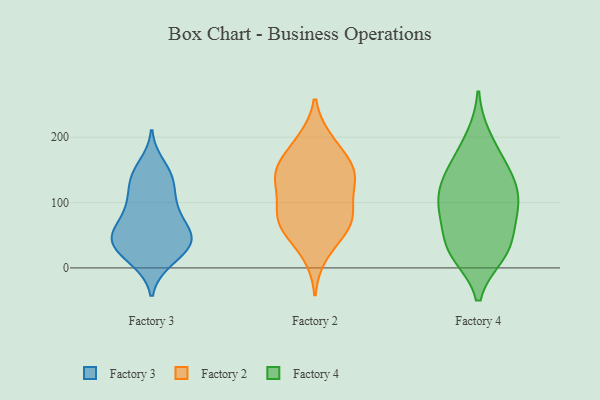
{"axis": {"x": "Shipments", "y": "Value"}, "legend": ["Factory 2", "Factory 3", "Factory 4"], "data": [{"x": "", "y": 50, "type": "Factory 3"}, {"x": "", "y": 39, "type": "Factory 3"}, {"x": "", "y": 42, "type": "Factory 3"}, {"x": "", "y": 142, "type": "Factory 3"}, {"x": "", "y": 137, "type": "Factory 3"}, {"x": "", "y": 49, "type": "Factory 3"}, {"x": "", "y": 157, "type": "Factory 3"}, {"x": "", "y": 83, "type": "Factory 3"}, {"x": "", "y": 41, "type": "Factory 3"}, {"x": "", "y": 42, "type": "Factory 3"}, {"x": "", "y": 84, "type": "Factory 3"}, {"x": "", "y": 136, "type": "Factory 3"}, {"x": "", "y": 97, "type": "Factory 3"}, {"x": "", "y": 15, "type": "Factory 3"}, {"x": "", "y": 11, "type": "Factory 3"}, {"x": "", "y": 52, "type": "Factory 3"}, {"x": "", "y": 16, "type": "Factory 3"}, {"x": "", "y": 95, "type": "Factory 3"}, {"x": "", "y": 49, "type": "Factory 3"}, {"x": "", "y": 121, "type": "Factory 3"}, {"x": "", "y": 136, "type": "Factory 2"}, {"x": "", "y": 67, "type": "Factory 2"}, {"x": "", "y": 140, "type": "Factory 2"}, {"x": "", "y": 135, "type": "Factory 2"}, {"x": "", "y": 94, "type": "Factory 2"}, {"x": "", "y": 61, "type": "Factory 2"}, {"x": "", "y": 127, "type": "Factory 2"}, {"x": "", "y": 49, "type": "Factory 2"}, {"x": "", "y": 87, "type": "Factory 2"}, {"x": "", "y": 155, "type": "Factory 2"}, {"x": "", "y": 193, "type": "Factory 2"}, {"x": "", "y": 164, "type": "Factory 2"}, {"x": "", "y": 76, "type": "Factory 2"}, {"x": "", "y": 77, "type": "Factory 2"}, {"x": "", "y": 151, "type": "Factory 2"}, {"x": "", "y": 20, "type": "Factory 2"}, {"x": "", "y": 196, "type": "Factory 2"}, {"x": "", "y": 34, "type": "Factory 4"}, {"x": "", "y": 89, "type": "Factory 4"}, {"x": "", "y": 198, "type": "Factory 4"}, {"x": "", "y": 22, "type": "Factory 4"}, {"x": "", "y": 133, "type": "Factory 4"}, {"x": "", "y": 152, "type": "Factory 4"}, {"x": "", "y": 116, "type": "Factory 4"}, {"x": "", "y": 83, "type": "Factory 4"}, {"x": "", "y": 86, "type": "Factory 4"}, {"x": "", "y": 28, "type": "Factory 4"}, {"x": "", "y": 30, "type": "Factory 4"}, {"x": "", "y": 161, "type": "Factory 4"}, {"x": "", "y": 111, "type": "Factory 4"}]}